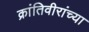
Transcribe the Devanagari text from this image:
क्रांतिवीरांच्या